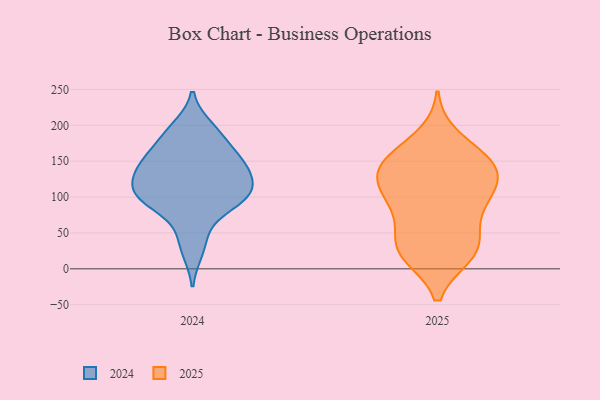
{"axis": {"x": "Website Visitors", "y": "Value"}, "legend": ["2024", "2025"], "data": [{"x": "", "y": 50, "type": "2024"}, {"x": "", "y": 95, "type": "2024"}, {"x": "", "y": 133, "type": "2024"}, {"x": "", "y": 151, "type": "2024"}, {"x": "", "y": 148, "type": "2024"}, {"x": "", "y": 197, "type": "2024"}, {"x": "", "y": 95, "type": "2024"}, {"x": "", "y": 97, "type": "2024"}, {"x": "", "y": 25, "type": "2024"}, {"x": "", "y": 125, "type": "2024"}, {"x": "", "y": 150, "type": "2024"}, {"x": "", "y": 154, "type": "2024"}, {"x": "", "y": 112, "type": "2024"}, {"x": "", "y": 103, "type": "2024"}, {"x": "", "y": 122, "type": "2024"}, {"x": "", "y": 181, "type": "2024"}, {"x": "", "y": 94, "type": "2024"}, {"x": "", "y": 190, "type": "2024"}, {"x": "", "y": 89, "type": "2025"}, {"x": "", "y": 20, "type": "2025"}, {"x": "", "y": 133, "type": "2025"}, {"x": "", "y": 119, "type": "2025"}, {"x": "", "y": 154, "type": "2025"}, {"x": "", "y": 20, "type": "2025"}, {"x": "", "y": 184, "type": "2025"}, {"x": "", "y": 134, "type": "2025"}, {"x": "", "y": 47, "type": "2025"}, {"x": "", "y": 155, "type": "2025"}, {"x": "", "y": 19, "type": "2025"}, {"x": "", "y": 121, "type": "2025"}, {"x": "", "y": 102, "type": "2025"}, {"x": "", "y": 95, "type": "2025"}, {"x": "", "y": 150, "type": "2025"}, {"x": "", "y": 43, "type": "2025"}, {"x": "", "y": 27, "type": "2025"}, {"x": "", "y": 146, "type": "2025"}, {"x": "", "y": 82, "type": "2025"}]}